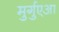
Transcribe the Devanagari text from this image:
मुर्गुएआ